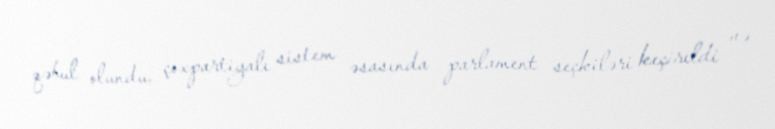
qəbul olundu, çoxpartiyalı sistem əsasında parlament seçkiləri keçirildi və